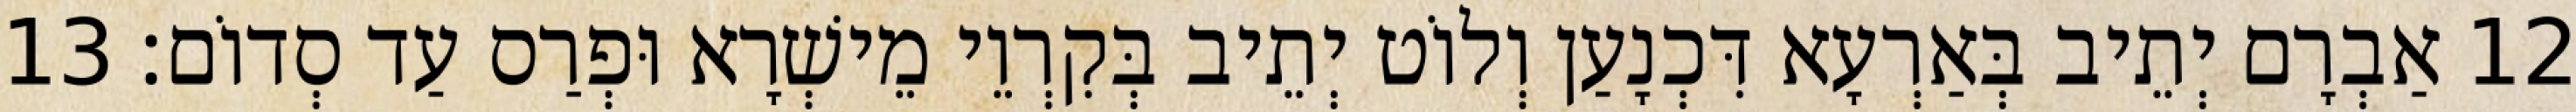
12 אַבְרָם יְתֵיב בְּאַרְעָא דִּכְנָעַן וְלוֹט יְתֵיב בְּקִרְוֵי מֵישְׁרָא וּפְרַס עַד סְדוֹם׃ 13